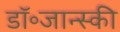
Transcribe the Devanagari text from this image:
डॉ॰जान्स्की